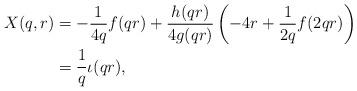
LaTeX: \begin{align*}X(q,r) &= -\frac{1}{4q}f(qr) + \frac{h(qr)}{4g(qr)}\left(-4r + \frac{1}{2q}f(2qr)\right)\\&= \frac{1}{q}\iota(qr),\end{align*}